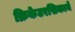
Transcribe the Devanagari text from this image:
क्रिकेटरसिकाने